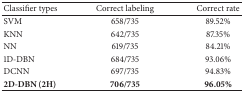
<table><thead><tr><td><b>Classifier types</b></td><td><b>Correct labeling</b></td><td><b>Correct rate</b></td></tr></thead><tbody><tr><td>SVM</td><td>658/735</td><td>89.52%</td></tr><tr><td>KNN</td><td>642/735</td><td>87.35%</td></tr><tr><td>NN</td><td>619/735</td><td>84.21%</td></tr><tr><td>1D-DBN</td><td>684/735</td><td>93.06%</td></tr><tr><td>DCNN</td><td>697/735</td><td>94.83%</td></tr><tr><td><b>2D-DBN (2H)</b></td><td><b>706/735</b></td><td><b>96.05%</b></td></tr></tbody></table>